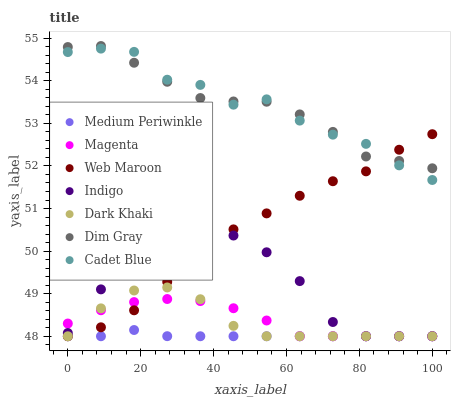
| xaxis_label | Medium Periwinkle | Magenta | Web Maroon | Indigo | Dark Khaki | Dim Gray | Cadet Blue |
 | --- | --- | --- | --- | --- | --- | --- | --- |
 | 0 | 48 | 48.3 | 48 | 48.1 | 48 | 54.8 | 54.7 |
 | 9.09 | 48 | 48.6 | 48.2 | 49.1 | 48.7 | 54.8 | 54.8 |
 | 18.2 | 48.1 | 48.8 | 48.6 | 49.8 | 49.1 | 54.4 | 54.7 |
 | 27.3 | 48 | 48.9 | 49.3 | 50.3 | 49.1 | 54 | 54 |
 | 36.4 | 48 | 48.8 | 49.5 | 50.5 | 48.9 | 53.6 | 53.9 |
 | 45.5 | 48 | 48.7 | 50.5 | 50.4 | 48.2 | 53.5 | 53.4 |
 | 54.5 | 48 | 48.4 | 50.9 | 50 | 48 | 53.5 | 53.6 |
 | 63.6 | 48 | 48 | 51.3 | 49.3 | 48 | 53.2 | 53.1 |
 | 72.7 | 48 | 48 | 51.6 | 48.3 | 48 | 52.8 | 52.7 |
 | 81.8 | 48 | 48 | 51.9 | 48 | 48 | 52.2 | 52.5 |
 | 90.9 | 48 | 48 | 52.4 | 48 | 48 | 52.1 | 52 |
 | 100 | 48 | 48 | 52.7 | 48 | 48 | 51.9 | 51.7 |